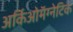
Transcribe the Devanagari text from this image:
अर्किओमॅग्नेटिक